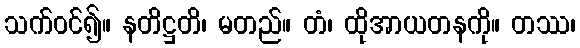
သက်ဝင်၍။ နတိဋ္ဌတိ၊ မတည်။ တံ၊ ထိုအာယတနကို။ တဿ၊